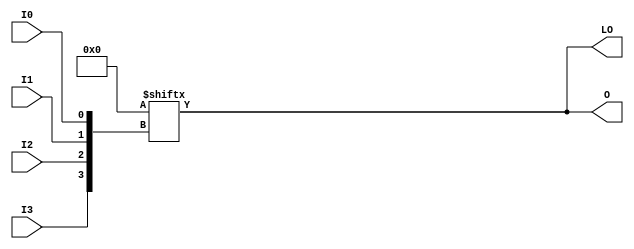
// $Header: /devl/xcs/repo/env/Databases/CAEInterfaces/xec_libs/data/unisims/LUT4_D.v,v 1.1 2005/05/10 01:20:06 wloo Exp $
/*

FUNCTION	: 4-inputs LUT

*/

`celldefine
`timescale  100 ps / 10 ps

module LUT4_D (LO, O, I0, I1, I2, I3);

    parameter INIT = 16'h0000;

    input I0, I1, I2, I3;

    output LO, O;

    wire out0, out1, out2, out3, out;

        assign O = INIT[{I3,I2,I1,I0}];
        assign LO = INIT[{I3,I2,I1,I0}];

endmodule